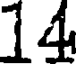
14